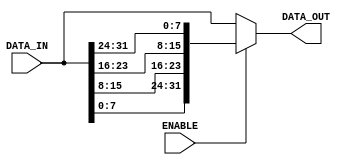
// Copyright 2012 Altera Corporation. All rights reserved.  
// Altera products are protected under numerous U.S. and foreign patents, 
// maskwork rights, copyrights and other intellectual property laws.  
//
// This reference design file, and your use thereof, is subject to and governed
// by the terms and conditions of the applicable Altera Reference Design 
// License Agreement (either as signed by you or found at www.altera.com).  By
// using this reference design file, you indicate your acceptance of such terms
// and conditions between you and Altera Corporation.  In the event that you do
// not agree with such terms and conditions, you may not use the reference 
// design file and please promptly destroy any copies you have made.
//
// This reference design file is being provided on an "as-is" basis and as an 
// accommodation and therefore all warranties, representations or guarantees of 
// any kind (whether express, implied or statutory) including, without 
// limitation, warranties of merchantability, non-infringement, or fitness for
// a particular purpose, are specifically disclaimed.  By making this reference
// design file available, Altera expressly does not recommend, suggest or 
// require that this reference design file be used in combination with any 
// other product not provided by Altera.
/////////////////////////////////////////////////////////////////////////////
// 
// Byte Endian Converter
//	Convert the input data byte to big or little endian
//	if input is big endian, the output will be little endian
//	if input is little endian, the output will be big endian
//
// Author:
// Cher Jier Yap 	- 05-09-2012 
//   
// Revision:
// 05-09-2012 - intial version

module byte_endian_converter (
	ENABLE,
	DATA_IN,
	DATA_OUT
);

parameter	DATA_WIDTH = 32;				//8, 16, 32, 64

input						ENABLE;
input	[DATA_WIDTH-1:0]	DATA_IN;
output	[DATA_WIDTH-1:0]	DATA_OUT;

generate
	if (DATA_WIDTH == 8) begin 				//no byte endian is required, passthrough
		assign	DATA_OUT = DATA_IN;	
	end			
	else if (DATA_WIDTH == 16) begin
		assign	DATA_OUT = ENABLE? {DATA_IN[7:0], DATA_IN[15:8]} : DATA_IN; 
	end
	else if (DATA_WIDTH == 32) begin
		assign	DATA_OUT = ENABLE? {DATA_IN[7:0], DATA_IN[15:8], DATA_IN[23:16], DATA_IN[31:24]}: DATA_IN;
	end
	else if (DATA_WIDTH == 64) begin
		assign	DATA_OUT = ENABLE? {DATA_IN[7:0], DATA_IN[15:8], DATA_IN[23:16], DATA_IN[31:24], DATA_IN[39:32], DATA_IN[47:40], DATA_IN[55:48], DATA_IN[63:56]}: DATA_IN;
	end
endgenerate

endmodule